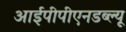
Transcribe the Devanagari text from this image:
आईपीपीएनडब्ल्यू